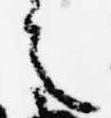
之